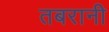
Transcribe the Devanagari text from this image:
तबरानी